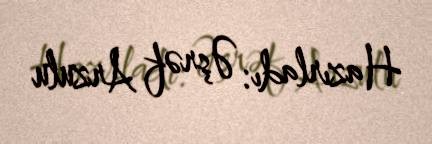
Hazırladı: Əşrəf Arzulu